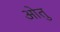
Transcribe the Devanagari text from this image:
ओतु